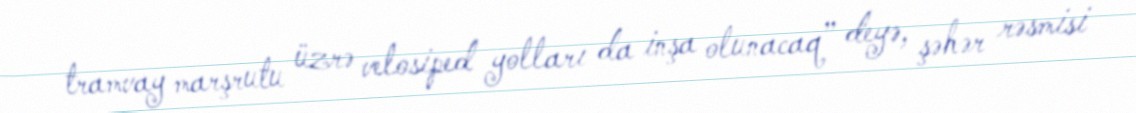
tramvay marşrutu üzrə velosiped yolları da inşa olunacaq” deyə, şəhər rəsmisi